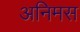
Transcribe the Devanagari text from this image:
अनिमस